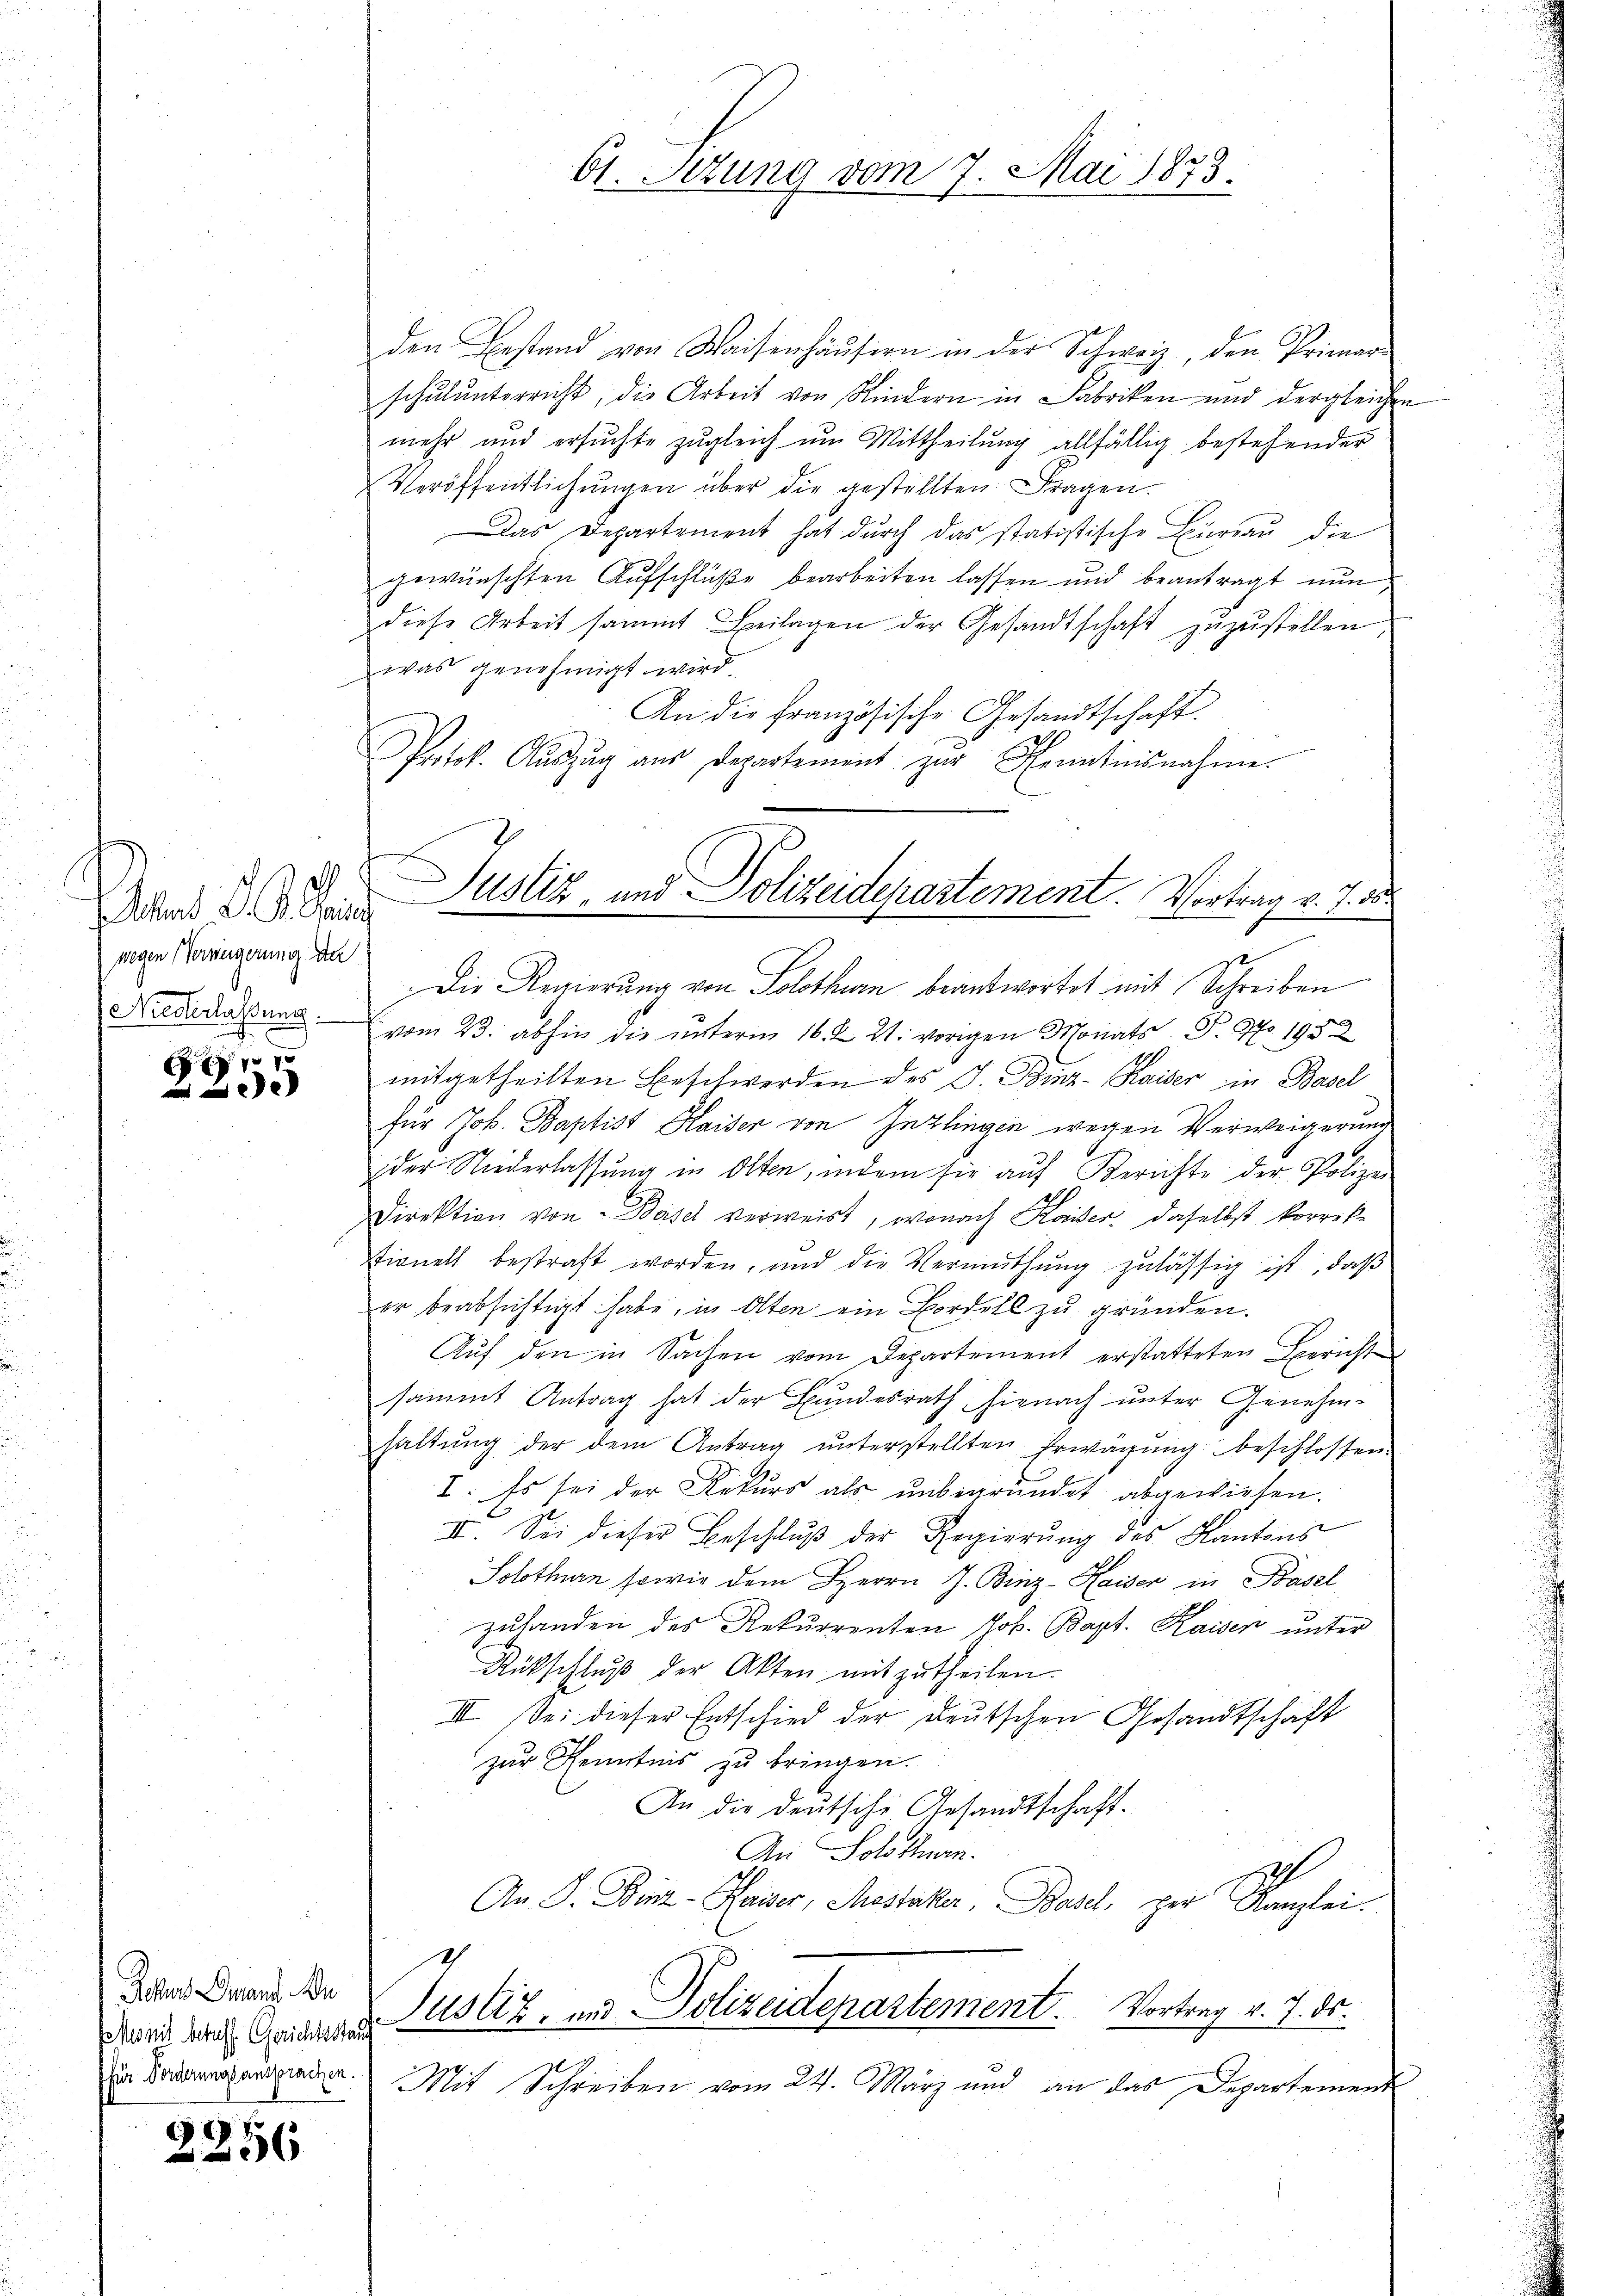
wegen Verweigerung de
Niederlassung.

e

Jochen Granz. Au
EMes mit beruht. Gerichtsstand
für Forderungsansprachen.

2256

den Bestand von Waisenhäŭsern in der Schweiz, den Primar-
schulunterricht, die Arbeit von Kindern in Fabriken und dergleichen
mehr und ersŭchte zŭgleich um Mittheilŭng allfällig bestehender
Veröffentlichŭngen über die gestellten Fragen.
Das Departement hat durch das statistische Büreau die
gewünschten Aufschlüße bearbeiten lassen und beantragt nun
diese Arbeit sammt Beilagen der Gesandtschaft zŭzŭstellen,
was genehmigt wird.
An die Französische Gesandtschaft.
Protok. Aŭszŭg aŭs Departement zur Kenntnisnahme.
Die Regierung von Solothurn beantwortet mit Schreiben
vom 23. abhin die unterm 16. Z. 21. vorigen Monats P. No. 1982
mitgetheilten Beschwerden des J. Binz- Kaiser in Basel
für Job. Baptist Haiser von Inzlingen wegen Verweigerung
der Niederlassung in Olten, indem sie auf Berichte der Polizei
Direktion von Basel verweist, wonach Kaiser, daselbst korrek-
stionell bestraft worden, und die Vermuthung zulässig ist, daß
er beabsichtigt habe, in Olten ein Bordell zu gründen.
Aŭf den in Sachen vom Departement erstatteten Bericht
sammt Antrag hat der Bundesrath hienach unter Genehm-
haltung der dem Antrag unterstellten Erwägung beschlossen.
I. Es sei der Rekurs als unbegründet abgewiesen.
II. Sei dieser Beschluß der Regierung des Kantons
Solothurn sowie dem Herrn J. Binz-Haiser in Basel
zuhanden des Rekurrenten Jos. Bapt. Kaisen unter
Rückschluß der Akten mitzutheilen.
III. Sei dieser Entschied der Deutschen Gesandtschaft
zur Kenntnis zu bringen.
An die deutsche Gesandtschaft.
An Solothurn.
An P. Binz-Hauser, Mestaker, Basel, per Kanzlei
g
Justiz, und Polizeidepartement. Vortrag v. 7. ds.
Mit Schreiben vom 24. März und an das Departement

Arten d. d. Justiz- und Polizeidepartement. Vortrag v. 7. de

61. Setung vom 7. Mai 1873.

e